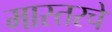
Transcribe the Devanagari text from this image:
मास्तरचे